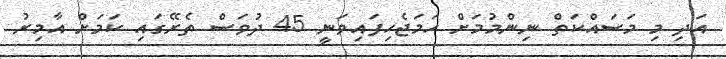
އަދި މި މަސައްކަތް ނިންމުމަށް ހަމަޖެހިފައިވަނީ 45 ދުވަސް ތެރޭގައި ކަމަށް އާމިރު